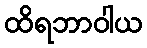
ထိရဘာဝါယ